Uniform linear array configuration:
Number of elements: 48
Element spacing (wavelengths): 0.25
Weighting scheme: exponential
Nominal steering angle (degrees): -45
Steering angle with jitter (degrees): -44.507
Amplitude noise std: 0.05
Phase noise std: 0.05

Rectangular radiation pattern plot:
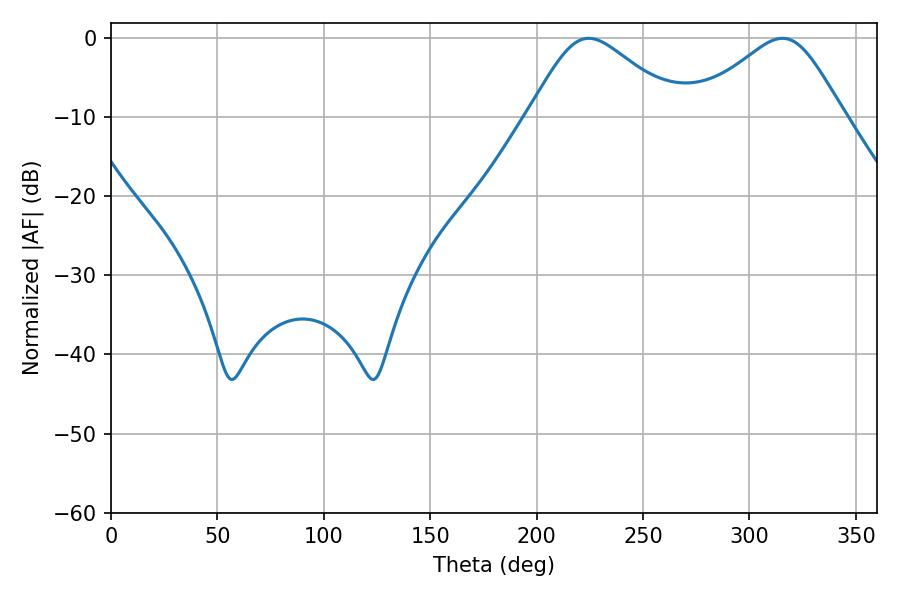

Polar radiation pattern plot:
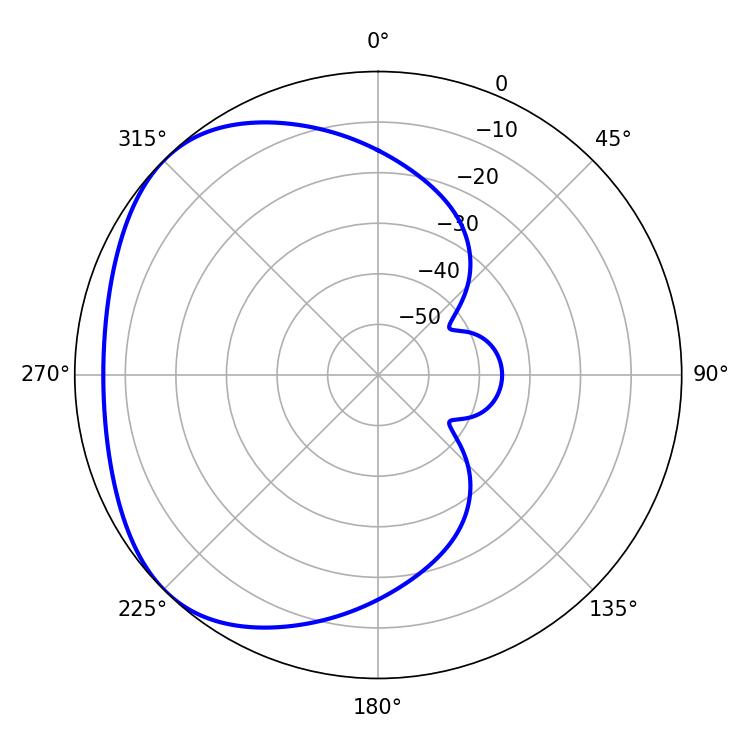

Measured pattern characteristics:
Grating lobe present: FALSE
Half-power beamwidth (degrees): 34.56
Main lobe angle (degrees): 224.46